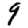
Digit: 9